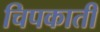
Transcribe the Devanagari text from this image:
चिपकाती